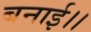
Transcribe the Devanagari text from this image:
बनाई।।